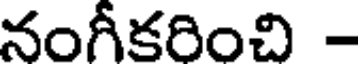
నంగీకరించి -